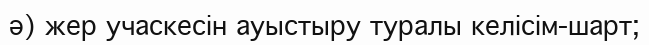
ә) жер учаскесін ауыстыру туралы келісім-шарт;